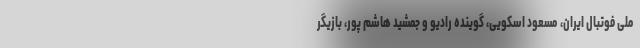
ملی فوتبال ایران، مسعود اسکویی، گوینده رادیو و جمشید هاشم پور، بازیگر